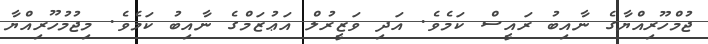
ޖުމްހޫރިއްޔާގެ ނާއިބު ރައީސް ކަމެވެ. އަދި ވަޒީރުލް އަޢުޒަމްގެ ނާއިބު ކަމެވެ. މިޖުމުހޫރިއްޔާ